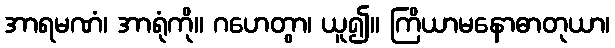
အာရမဏံ၊ အာရုံကို။ ဂဟေတွာ၊ ယူ၍။ ကြိယာမနောဓာတုယာ၊